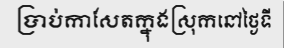
ប្រាប់កាសែតក្នុងស្រុកនៅថ្ងៃទី